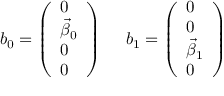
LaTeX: b _ { 0 } = \left( \begin{array} { l } { { 0 } } \\ { { \vec { \beta } _ { 0 } } } \\ { { 0 } } \\ { { 0 } } \end{array} \right) ~ ~ ~ ~ b _ { 1 } = \left( \begin{array} { l } { { 0 } } \\ { { 0 } } \\ { { \vec { \beta } _ { 1 } } } \\ { { 0 } } \end{array} \right)